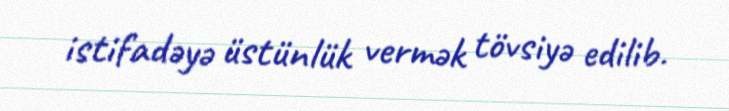
istifadəyə üstünlük vermək tövsiyə edilib.